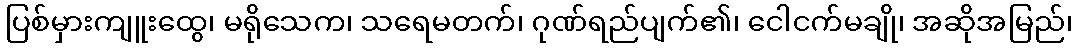
ပြစ်မှားကျူးထွေ၊ မရိုသေက၊ သရေမတက်၊ ဂုဏ်ရည်ပျက်၏၊ ငေါငက်မချို၊ အဆိုအမြည်၊